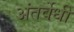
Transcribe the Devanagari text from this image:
अंतर्वेधी